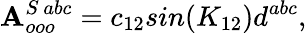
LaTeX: \mathbf{A}_{ooo}^{S\ abc}=c_{12}sin(K_{12})d^{abc},